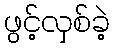
ဖွင့်လှစ်ခဲ့